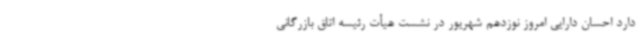
دارد احسان دارایی امروز نوزدهم شهریور در نشست هیأت رئیسه اتاق بازرگانی